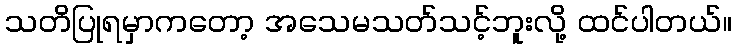
သတိပြုရမှာကတော့ အသေမသတ်သင့်ဘူးလို့ ထင်ပါတယ်။